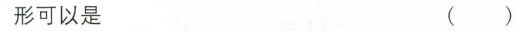
形可以是 ( )